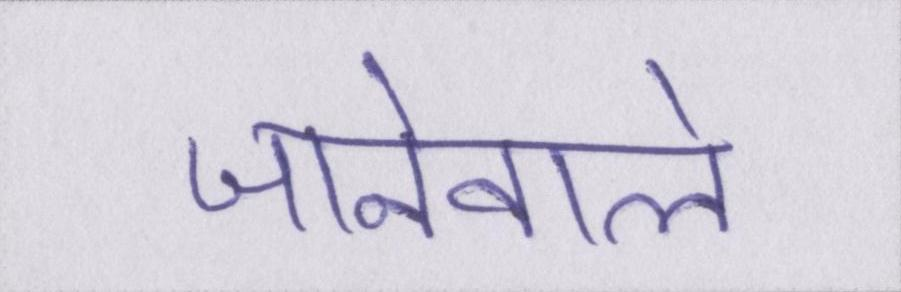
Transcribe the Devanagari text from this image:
जानेवाले